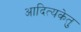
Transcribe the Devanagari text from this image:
आदित्यकेतु